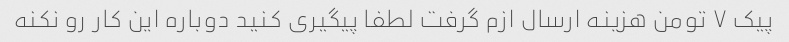
پیک ۷ تومن هزینه ارسال ازم گرفت لطفا پیگیری کنید دوباره این کار رو نکنه